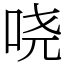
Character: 哓